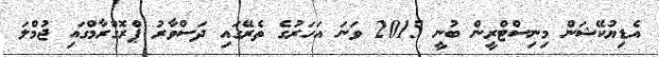
އެޑިޔުކޭޝަން މިނިސްޓްރީން ބުނީ 2015 ވަނަ އަހަރުގެ ތެރޭގައި ދަސްވާރު ޕްރޮގްރާމްގައި ޖުމްލަ